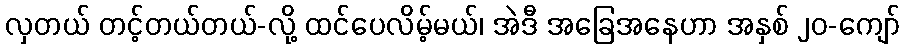
လှတယ် တင့်တယ်တယ်-လို့ ထင်ပေလိမ့်မယ်၊ အဲဒီ အခြေအနေဟာ အနှစ် ၂၀-ကျော်